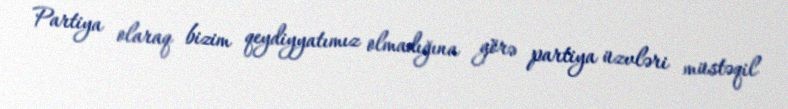
Partiya olaraq bizim qeydiyyatımız olmadığına görə partiya üzvləri müstəqil